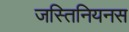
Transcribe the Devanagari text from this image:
जस्तिनियनस